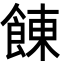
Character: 𩜍